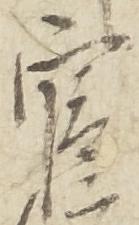
官